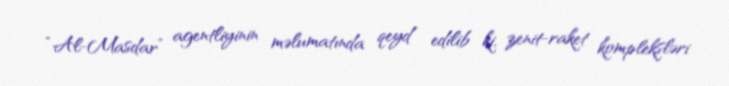
“Al-Masdar” agentliyinin məlumatında qeyd edilib ki, zenit-raket kompleksləri